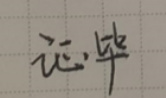
证毕